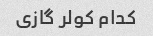
کدام کولر گازی